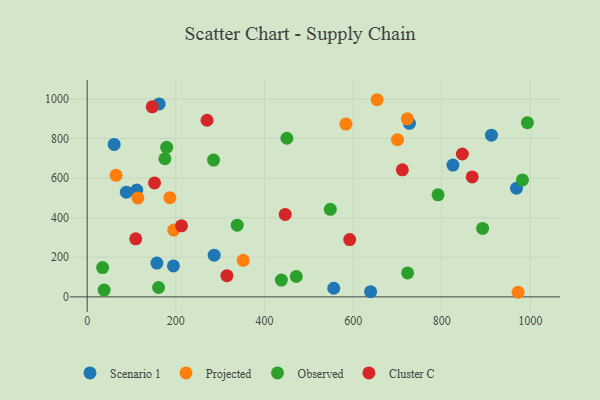
{"axis": {"x": "Study Hours", "y": "Rating"}, "legend": ["Cluster C", "Observed", "Projected", "Scenario 1"], "data": [{"x": "111.8", "y": 539.6, "type": "Scenario 1"}, {"x": "88.3", "y": 528.7, "type": "Scenario 1"}, {"x": "194.6", "y": 156.3, "type": "Scenario 1"}, {"x": "162.4", "y": 974.4, "type": "Scenario 1"}, {"x": "825.1", "y": 665.9, "type": "Scenario 1"}, {"x": "60.8", "y": 769.9, "type": "Scenario 1"}, {"x": "556.3", "y": 43.5, "type": "Scenario 1"}, {"x": "912.1", "y": 816.8, "type": "Scenario 1"}, {"x": "639.4", "y": 26.0, "type": "Scenario 1"}, {"x": "968.5", "y": 548.7, "type": "Scenario 1"}, {"x": "727.0", "y": 876.4, "type": "Scenario 1"}, {"x": "157.2", "y": 170.8, "type": "Scenario 1"}, {"x": "286.5", "y": 210.7, "type": "Scenario 1"}, {"x": "352.0", "y": 184.5, "type": "Projected"}, {"x": "700.1", "y": 794.0, "type": "Projected"}, {"x": "583.8", "y": 872.6, "type": "Projected"}, {"x": "114.3", "y": 500.0, "type": "Projected"}, {"x": "195.3", "y": 337.6, "type": "Projected"}, {"x": "65.2", "y": 613.8, "type": "Projected"}, {"x": "972.1", "y": 23.2, "type": "Projected"}, {"x": "186.5", "y": 501.1, "type": "Projected"}, {"x": "654.1", "y": 995.8, "type": "Projected"}, {"x": "722.2", "y": 899.5, "type": "Projected"}, {"x": "993.1", "y": 879.7, "type": "Observed"}, {"x": "161.0", "y": 47.2, "type": "Observed"}, {"x": "179.3", "y": 755.3, "type": "Observed"}, {"x": "34.8", "y": 148.2, "type": "Observed"}, {"x": "892.1", "y": 345.6, "type": "Observed"}, {"x": "471.7", "y": 102.8, "type": "Observed"}, {"x": "285.1", "y": 691.0, "type": "Observed"}, {"x": "982.0", "y": 590.7, "type": "Observed"}, {"x": "548.5", "y": 442.4, "type": "Observed"}, {"x": "791.5", "y": 515.4, "type": "Observed"}, {"x": "438.1", "y": 85.0, "type": "Observed"}, {"x": "38.2", "y": 34.5, "type": "Observed"}, {"x": "722.9", "y": 120.8, "type": "Observed"}, {"x": "338.5", "y": 361.9, "type": "Observed"}, {"x": "175.3", "y": 697.6, "type": "Observed"}, {"x": "450.5", "y": 801.3, "type": "Observed"}, {"x": "151.9", "y": 575.4, "type": "Cluster C"}, {"x": "711.0", "y": 641.9, "type": "Cluster C"}, {"x": "146.7", "y": 960.1, "type": "Cluster C"}, {"x": "109.5", "y": 293.1, "type": "Cluster C"}, {"x": "315.2", "y": 107.3, "type": "Cluster C"}, {"x": "592.2", "y": 289.4, "type": "Cluster C"}, {"x": "446.7", "y": 416.3, "type": "Cluster C"}, {"x": "846.4", "y": 721.6, "type": "Cluster C"}, {"x": "212.7", "y": 358.6, "type": "Cluster C"}, {"x": "868.6", "y": 605.6, "type": "Cluster C"}, {"x": "270.4", "y": 892.2, "type": "Cluster C"}]}